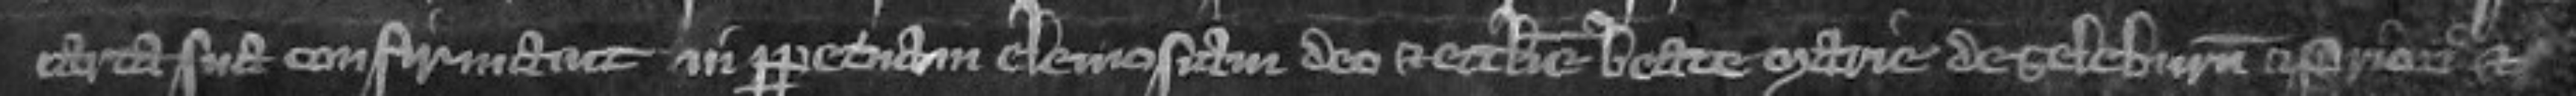
carta sua confirmavit in perpetuam elemosinam deo et ecclesie Beate Marie de Seleburn et priori et